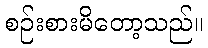
စဉ်းစားမိတော့သည်။